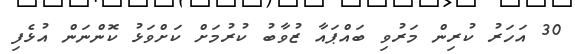
30 އަހަރު ކުރިން މަރުވި ބައްޕައާ ޒުވާބު ކުރުމަށް ކަށްވަޅު ކޮންނަން އުޅެފި